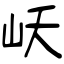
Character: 岆